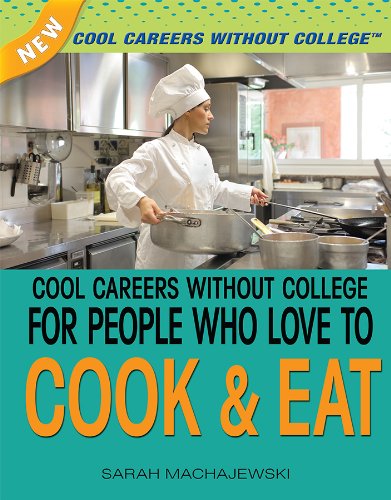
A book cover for Cool Careers Without College for People Who Love to Cook & Eat (New Cool Careers Without College); Sara Machajewski; Teen & Young Adult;